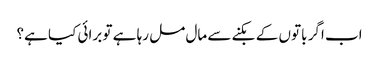
اب اگر باتوں کے بکنے سے مال مل رہا ہے تو برائی کیا ہے؟